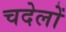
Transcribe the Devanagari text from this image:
चदेलों